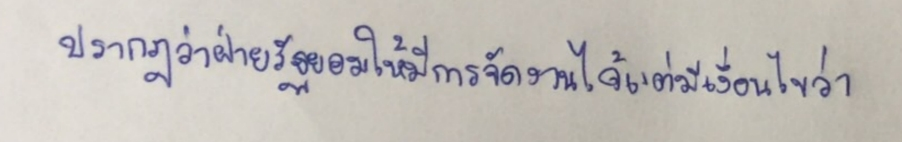
ปรากฎว่าฝ่ายรัฐยอมให้มีการจัดงานได้แต่มีเงื่อนไขว่า